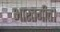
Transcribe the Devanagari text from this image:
भारतगीत।